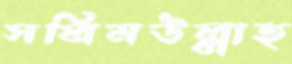
সলিমউল্লাহ